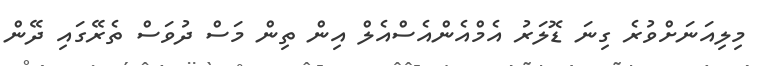
މިލިއަނަށްވުރެ ގިނަ ޑޮލަރު އެމްއެންއެސްއެލް އިން ތިން މަސް ދުވަސް ތެރޭގައި ދޭން